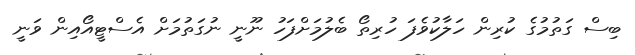
ބިސް ގަތުމުގެ ކުރިން ހަލާކުވެފަ ހުރިތޯ ބެލުމަށްފަހު ނޫނީ ނުގަތުމަށް އެސްޓީއޯއިން ވަނީ